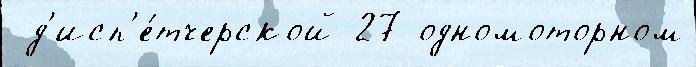
 д'исп'е́тчерской 27 одномоторном